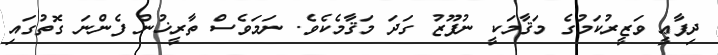
ދިފާޢީ ވަޒީރުކަމުގެ މަޤާމަކީ ނުފޫޒު ގަދަ މަޤާމެކެވެ. ނަމަވެސް ތާރީޚުން ފެންނަ ގޮތުގައި